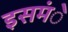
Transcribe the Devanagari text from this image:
इसमंे